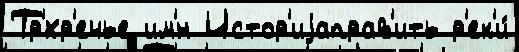
Тр'́хр'ечье им'́н Истор'иjаправ'ить р'ек'и́